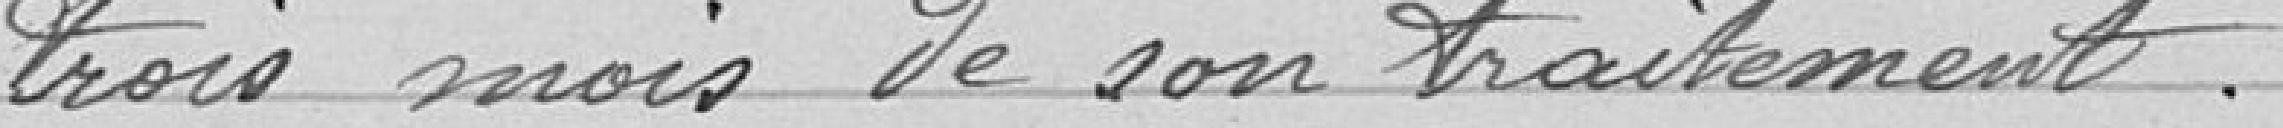
trois mois de son traitement.